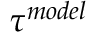
\tau ^ { m o d e l }